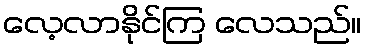
လေ့လာနိုင်ကြ လေသည်။